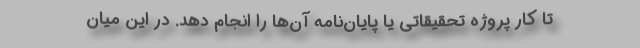
تا کار پروژه تحقیقاتی یا پایان‌نامه آن‌ها را انجام دهد. در این میان